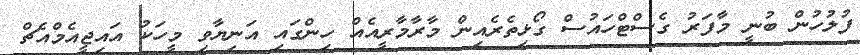
ފުލުހުން ބުނީ މާފަރު ގެސްޓްހައުސް ގޯޅިތެރެއިން މާރާމާރީއެއް ހިންގައި އަނިޔާވި މީހަކު އައިޖީއެމްއެޗް